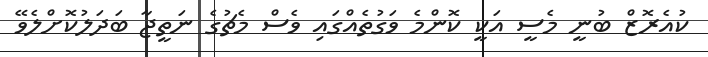
ކުއެރޮޒް ބުނީ މެސީ އަކީ ކޮންމެ ވަގުތެއްގައި ވެސް މެޗުގެ ނަތީޖާ ބަދަލުކޮށްލެވޭ